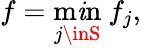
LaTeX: f=\underset{j\inS}{\operatorname*{m\mathit{i}n}}\ f_{j},